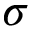
\sigma